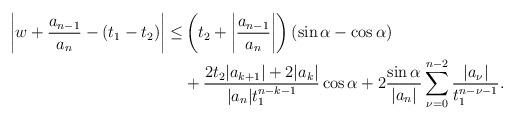
LaTeX: \begin{align*}\left|w+\dfrac{a_{n-1}}{a_n}-(t_1-t_2)\right|\leq&\left(t_2+\left|\dfrac{a_{n-1}}{a_n}\right|\right)(\sin\alpha-\cos\alpha)\\&+\dfrac{2t_2|a_{k+1}|+2|a_k|}{|a_n|t_1^{n-k-1}}\cos\alpha+2\dfrac{\sin\alpha}{|a_n|}\sum\limits_{\nu=0}^{n-2}\dfrac{|a_{\nu}|}{t_1^{n-\nu-1}}.\end{align*}